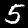
Digit: 5